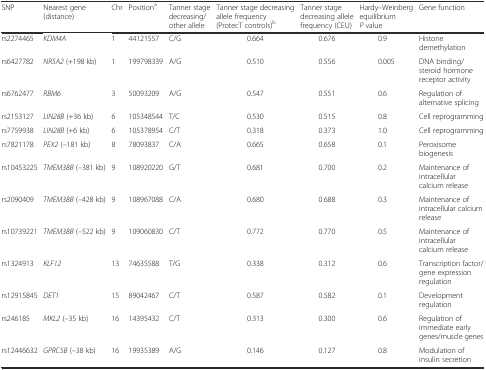
<table><thead><tr><td><b>SNP</b></td><td><b>Nearest gene (distance)</b></td><td><b>Chr</b></td><td><b>Position<sup>a</sup></b></td><td><b>Tanner stage decreasing/other allele</b></td><td><b>Tanner stage decreasing allele frequency (ProtecT controls)<sup>b</sup></b></td><td><b>Tanner stage decreasing allele frequency (CEU)</b></td><td><b>Hardy–Weinberg equilibrium<i>P</i> value</b></td><td><b>Gene function</b></td></tr></thead><tbody><tr><td>rs2274465</td><td><i>KDM4A</i></td><td>1</td><td>44121557</td><td>C/G</td><td>0.664</td><td>0.676</td><td>0.9</td><td>Histone demethylation</td></tr><tr><td>rs6427782</td><td><i>NR5A2</i> (+198 kb)</td><td>1</td><td>199798339</td><td>A/G</td><td>0.510</td><td>0.556</td><td>0.005</td><td>DNA binding/steroid hormone receptor activity</td></tr><tr><td>rs6762477</td><td><i>RBM6</i></td><td>3</td><td>50093209</td><td>A/G</td><td>0.547</td><td>0.551</td><td>0.6</td><td>Regulation of alternative splicing</td></tr><tr><td>rs2153127</td><td><i>LIN28B</i> (+36 kb)</td><td>6</td><td>105348544</td><td>T/C</td><td>0.530</td><td>0.515</td><td>0.8</td><td>Cell reprogramming</td></tr><tr><td>rs7759938</td><td><i>LIN28B</i> (+6 kb)</td><td>6</td><td>105378954</td><td>C/T</td><td>0.318</td><td>0.373</td><td>1.0</td><td>Cell reprogramming</td></tr><tr><td>rs7821178</td><td><i>PEX2</i> (–181 kb)</td><td>8</td><td>78093837</td><td>C/A</td><td>0.665</td><td>0.658</td><td>0.1</td><td>Peroxisome biogenesis</td></tr><tr><td>rs10453225</td><td><i>TMEM38B</i> (–381 kb)</td><td>9</td><td>108920220</td><td>G/T</td><td>0.681</td><td>0.700</td><td>0.2</td><td>Maintenance of intracellular calcium release</td></tr><tr><td>rs2090409</td><td><i>TMEM38B</i> (–428 kb)</td><td>9</td><td>108967088</td><td>C/A</td><td>0.680</td><td>0.688</td><td>0.3</td><td>Maintenance of intracellular calcium release</td></tr><tr><td>rs10739221</td><td><i>TMEM38B</i> (–522 kb)</td><td>9</td><td>109060830</td><td>C/T</td><td>0.772</td><td>0.770</td><td>0.5</td><td>Maintenance of intracellular calcium release</td></tr><tr><td>rs1324913</td><td><i>KLF12</i></td><td>13</td><td>74635588</td><td>T/G</td><td>0.338</td><td>0.312</td><td>0.6</td><td>Transcription factor/gene expression regulation</td></tr><tr><td>rs12915845</td><td><i>DET1</i></td><td>15</td><td>89042467</td><td>C/T</td><td>0.587</td><td>0.582</td><td>0.1</td><td>Development regulation</td></tr><tr><td>rs246185</td><td><i>MKL2</i> (–35 kb)</td><td>16</td><td>14395432</td><td>C/T</td><td>0.313</td><td>0.300</td><td>0.6</td><td>Regulation of immediate early genes/muscle genes</td></tr><tr><td>rs12446632</td><td><i>GPRC5B</i> (–38 kb)</td><td>16</td><td>19935389</td><td>A/G</td><td>0.146</td><td>0.127</td><td>0.8</td><td>Modulation of insulin secretion</td></tr></tbody></table>